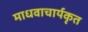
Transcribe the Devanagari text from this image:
माधवाचार्यकृत